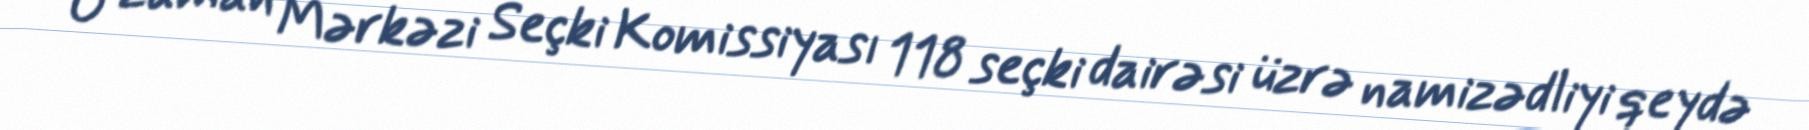
O zaman Mərkəzi Seçki Komissiyası 118 seçki dairəsi üzrə namizədliyi qeydə